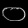
Digit: ၀